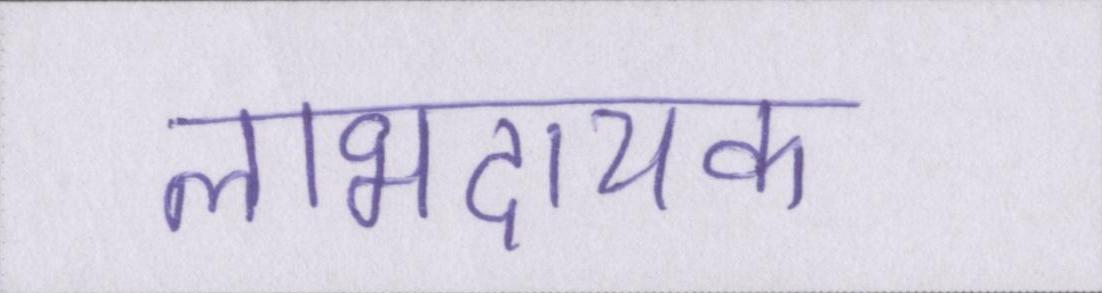
लाभदायक